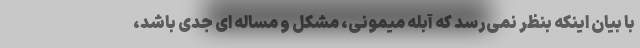
با بیان اینکه بنظر نمی‌رسد که آبله میمونی، مشکل و مساله ای جدی باشد،